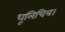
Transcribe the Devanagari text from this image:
धूलिचित्र।